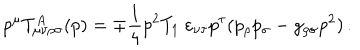
p ^ { \mu } T _ { \mu \nu \rho \sigma } ^ { A } ( p ) = \mp \frac { 1 } { 4 } p ^ { 2 } T _ { 1 } \ \varepsilon _ { \nu \tau } p ^ { \tau } ( p _ { \rho } p _ { \sigma } - g _ { \rho \sigma } p ^ { 2 } ) \, .